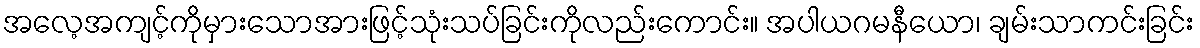
အလေ့အကျင့်ကိုမှားသောအားဖြင့်သုံးသပ်ခြင်းကိုလည်းကောင်း။ အပါယဂမနီယော၊ ချမ်းသာကင်းခြင်း